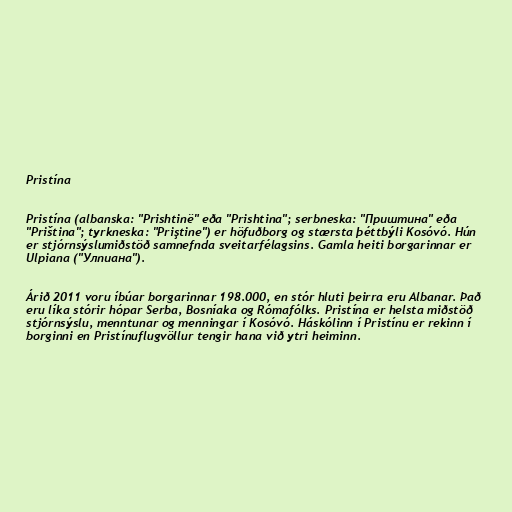
Pristína

Pristína (albanska: "Prishtinë" eða "Prishtina"; serbneska: "Приштина" eða
"Priština"; tyrkneska: "Priştine") er höfuðborg og stærsta þéttbýli Kosóvó. Hún
er stjórnsýslumiðstöð samnefnda sveitarfélagsins. Gamla heiti borgarinnar er
Ulpiana ("Улпиана").

Árið 2011 voru íbúar borgarinnar 198.000, en stór hluti þeirra eru Albanar. Það
eru líka stórir hópar Serba, Bosníaka og Rómafólks. Pristína er helsta miðstöð
stjórnsýslu, menntunar og menningar í Kosóvó. Háskólinn í Pristínu er rekinn í
borginni en Pristínuflugvöllur tengir hana við ytri heiminn.